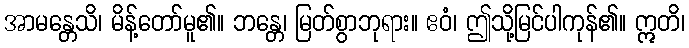
အာမန္တေသိ၊ မိန့်တော်မူ၏။ ဘန္တေ၊ မြတ်စွာဘုရား။ ဧဝံ၊ ဤသို့မြင်ပါကုန်၏။ ဣတိ၊